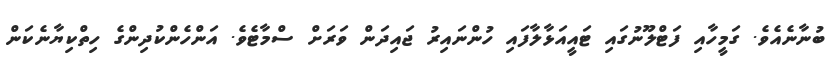
ބުނާނެއެވެ. ގަމީހާއި ފަޓްލޫނުގައި ޓައީއަޅާލާފައި ހުންނައިރު ޖައިދަން ވަރަށް ސްމާޓެވެ. އަންހެންކުދިންގެ ހިތްކިޔާނެކަން